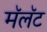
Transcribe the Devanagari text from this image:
मॅलॅट